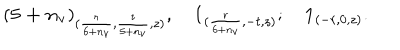
( \mathbf { 5 + n _ { v } } ) _ { ( \frac { r } { 6 + n _ { v } } , \frac { t } { 5 + n _ { v } } , z ) } , \quad \mathbf { 1 } _ { ( \frac { r } { 6 + n _ { v } } , - t , z ) } ; \quad \mathbf { 1 } _ { ( - r , 0 , z ) } .